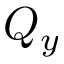
Q _ { y }